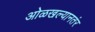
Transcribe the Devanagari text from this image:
ओळखल्यानतंर